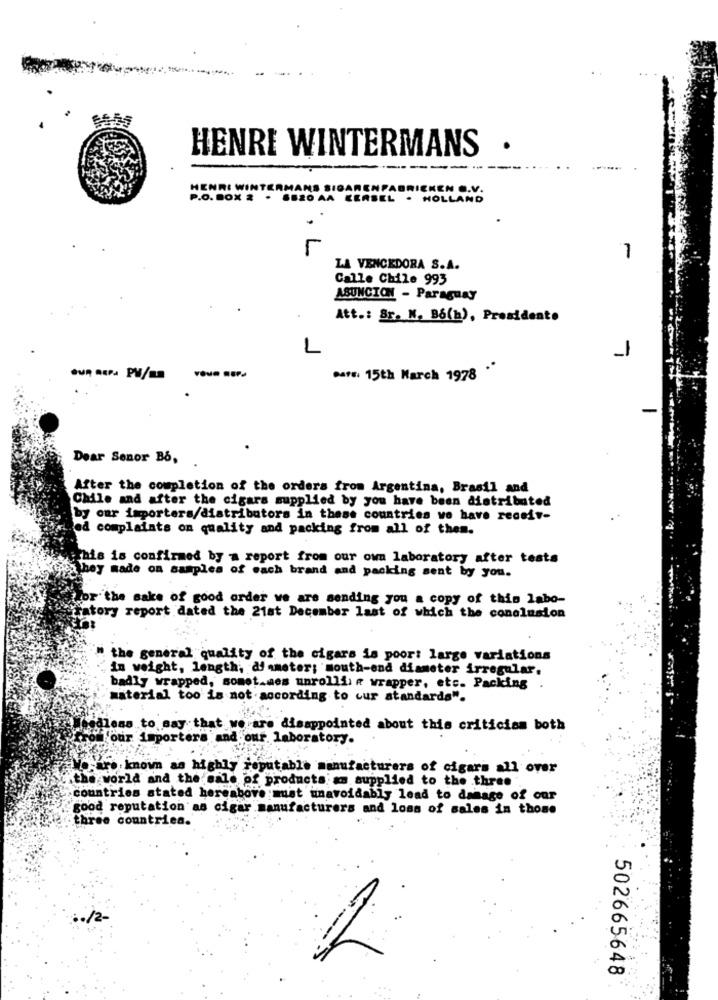
HENRI WINTERMANS
.
HENRI WINT
KEN O.V.
P.O.BOX 2 . SEZO AA EERSEL · HOLLAND
r
,L
1
LA VENCEDORA S.A.
Calle Chile 993
ASUNCION - Paraguay
Att .: Sr. N. Bó(b), Presidente
1
Pars: 15th March 1978
Dear Senor B6,
After the completion of the orders from Argentina, Brasil and
Chile and after the cigars supplied by you have been distributed
by our importers/distributors in these countries we have receiv-
ed complaints on quality and packing from all of them.
this is confirmed by a report from our own laboratory after tests
they made on samples of each brand and packing sent by you.
br'the sake of good order we are sending you a copy of this labo-
atory report dated the 21st December last of which the conclusion
the general quality of the cigars is poor: large variations
in weight, length; di ameter; mouth-end diameter irregular.
badly wrapped, somet.mes unrollfie wrapper, etc. Packing .
material too is not according to cur standards".
odless to say that we are disappointed about this criticism both
colour importers and our. laboratory.
.; are known as highly reputable manufacturers of cigars all over
the world and the sale of products am supplied to the three ".
countries stated hereabove must unavoidably lead to damage of our
good reputation as cigar manufacturers and loss of sales in those
three countries.
.. /2-
502665648